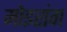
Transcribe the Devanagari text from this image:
मोइरांग